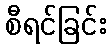
စီရင်ခြင်း